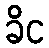
ခိင